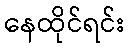
နေထိုင်ရင်း